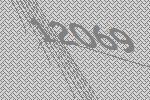
12069